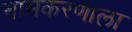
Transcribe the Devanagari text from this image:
नामकरणाला